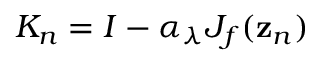
K _ { n } = I - \alpha _ { \lambda } { J } _ { f } ( { \bf z } _ { n } )